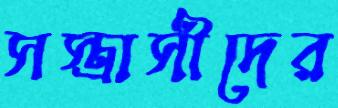
সস্ত্রাসীদের